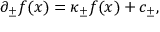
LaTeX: \partial _ { \pm } f ( x ) = \kappa _ { \pm } f ( x ) + c _ { \pm } ,